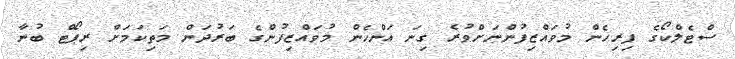
ސްޓެލްކޯގެ ފިރިހެން މުވައްޒިފުންނަށްވުރެ ގިނަ އަންހެން މުވައްޒިފުންގެ ބަރުދަން މަތިކަމަށް ރިޕޯޓް ބުނާ